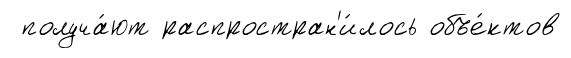
получа́ют распростран'и́лось объе́ктов